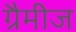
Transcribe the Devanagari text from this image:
ग्रैमीज